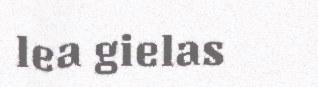
lea gielas